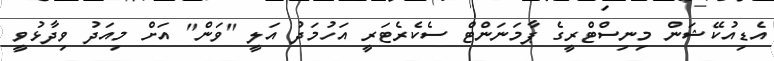
އެޑިއުކޭޝަން މިނިސްޓްރީގެ ޕާމަނަންޓް ސެކެރެޓަރީ އަހުމަދު އަލީ "ވަން" އަށް މިއަދު ވިދާޅުވީ